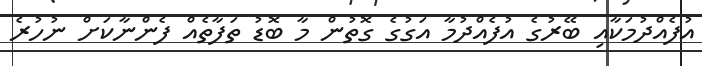
އުފެއްދުމަކާއި ބޭރުގެ އުފެއްދުމާ އަގުގެ ގޮތުން މާ ބޮޑު ތަފާތެއް ފެންނާކަށް ނުހުރެ